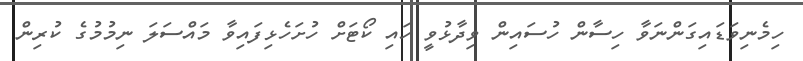
ހިމެނިވަޑައިގަންނަވާ ހިސާން ހުސައިން ވިދާޅުވީ ހައި ކޯޓަށް ހުށަހެޅިފައިވާ މައްސަލަ ނިމުމުގެ ކުރިން